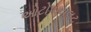
ઓટોપાયલટ